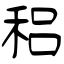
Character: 稆